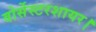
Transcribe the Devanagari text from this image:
वोर्सेस्टरशायर।